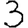
Digit: 3